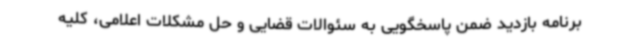
برنامه بازدید ضمن پاسخگویی به سئوالات قضایی و حل مشکلات اعلامی، کلیه